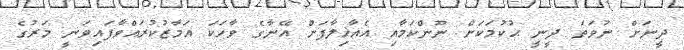
ދީނަށް ނުވަތަ ދީނީ ޙުކުމަކަށް ނޫންކަމާއި އެއާޚިލާފަށް އޭނާގެ ވާހަކަ އަމާޒުކުރައްވާފައިވަނީ މަރުގެ